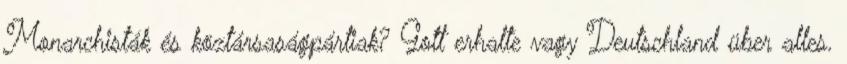
Monarchisták és köztársaságpártiak? Gott erhalte vagy Deutschland über alles.